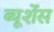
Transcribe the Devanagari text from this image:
ब्यूर्शेंस